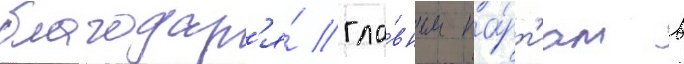
благодар'я́ гла́вным па́рт'иам в